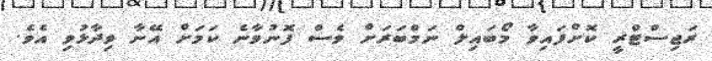
ރަޖިސްޓްރީ ކޮށްފައިވާ މޯބައިލް ނަމްބަރަށް ވެސް ފޮނުވާނެ ކަމަށް އޭނާ ވިދާޅުވި އެވެ.